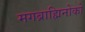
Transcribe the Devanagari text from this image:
मगब्राह्मिनोको